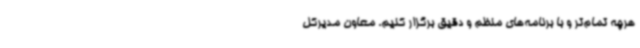
هرچه تمام‌تر و با برنامه‌های منظم و دقیق برگزار کنیم. معاون مدیرکل